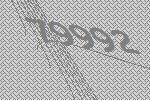
79992